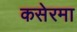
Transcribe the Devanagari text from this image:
कसेरमा